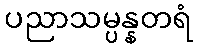
ပညာသမ္ပန္နတရံ